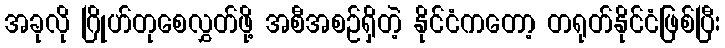
အခုလို ဂြိုဟ်တုစေလွှတ်ဖို့ အစီအစဉ်ရှိတဲ့ နိုင်ငံကတော့ တရုတ်နိုင်ငံဖြစ်ပြီး